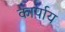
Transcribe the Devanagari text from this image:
कार्पाय